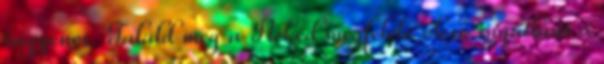
ingyenes. Találd meg a Neked megfelelő olcsó ingatlant a